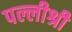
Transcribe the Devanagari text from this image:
पल्लीश्री